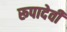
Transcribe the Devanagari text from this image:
रूपादेवी